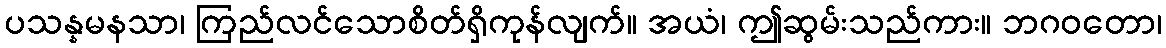
ပသန္နမနသာ၊ ကြည်လင်သောစိတ်ရှိကုန်လျက်။ အယံ၊ ဤဆွမ်းသည်ကား။ ဘဂဝတော၊